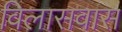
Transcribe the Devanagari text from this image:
विलासवास